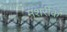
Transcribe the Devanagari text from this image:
मशरीक